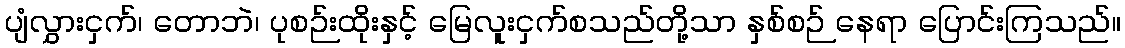
ပျံလွှားငှက်၊ တောဘဲ၊ ပုစဉ်းထိုးနှင့် မြေလူးငှက်စသည်တို့သာ နှစ်စဉ် နေရာ ပြောင်းကြသည်။